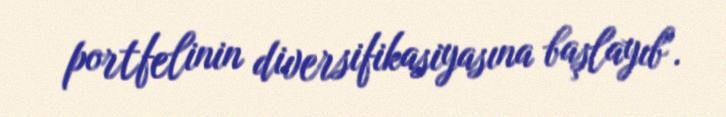
portfelinin diversifikasiyasına başlayıb".